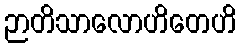
ဉာတိသာလောဟိတေဟိ